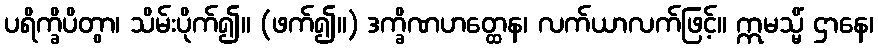
ပရိက္ခိပိတွာ၊ သိမ်းပိုက်၍။ (ဖက်၍။) ဒက္ခိဏဟတ္ထေန၊ လက်ယာလက်ဖြင့်။ ဣမသ္မိံ ဌာနေ၊